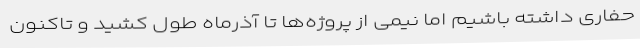
حفاری داشته باشیم اما نیمی از پروژه‌ها تا آذرماه طول کشید و تاکنون